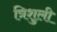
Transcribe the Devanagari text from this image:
त्रिशुली